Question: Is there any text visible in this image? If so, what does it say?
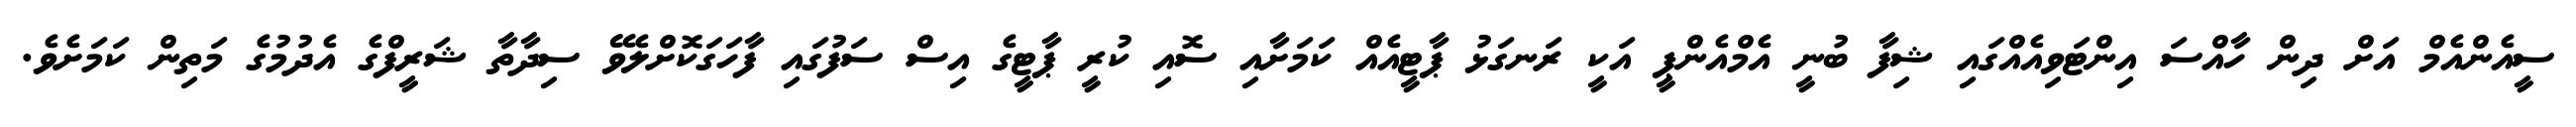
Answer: ސީއެންއެމް އަށް ދިން ހާއްސަ އިންޓަވިއެއްގައި ޝިފާ ބުނީ އެމްއެންޕީ އަކީ ރަނގަޅު ޕާޓީއެއް ކަމަށާއި ސޮއި ކުރީ ޕާޓީގެ އިސް ސަފުގައި ފާހަގަކޮށްލެވޭ ސިދާތާ ޝަރީފްގެ އެދުމުގެ މަތިން ކަމަށެވެ.